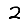
Digit: 2